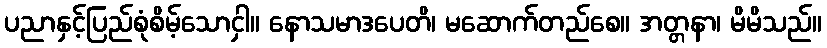
ပညာနှင့်ပြည်စုံစိမ့်သောငှါ။ နောသမာဒပေတိ၊ မဆောက်တည်စေ။ အတ္တနာ၊ မိမိသည်။